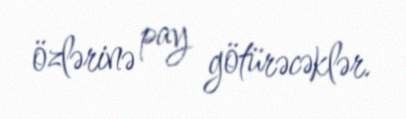
özlərinə pay götürəcəklər.